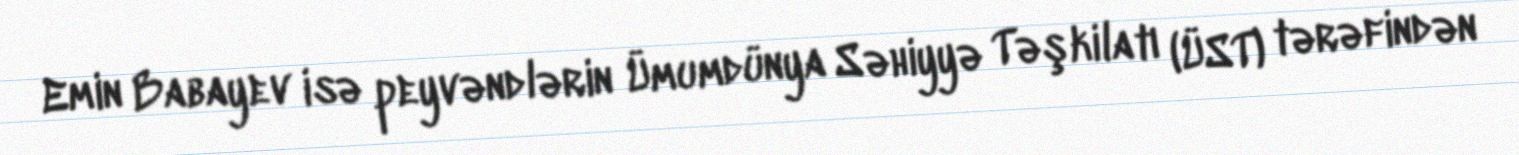
Emin Babayev isə peyvəndlərin Ümumdünya Səhiyyə Təşkilatı (ÜST) tərəfindən